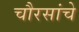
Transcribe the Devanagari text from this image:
चौरसांचे